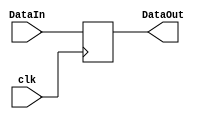
`timescale 1ns / 1ps

module ADR (clk, DataIn, DataOut);
	input clk;
	input [31:0] DataIn;
	output reg [31:0] DataOut;
	
	always @(posedge clk) begin
		DataOut = DataIn;
	end
endmodule